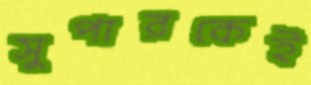
সুপারকেই